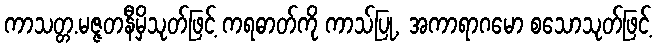
ကာသတ္တ.မဇ္ဇတနီမှိသုတ်ဖြင့် ကရဓာတ်ကို ကာသ်ပြု, အကာရာဂမော စသောသုတ်ဖြင့်